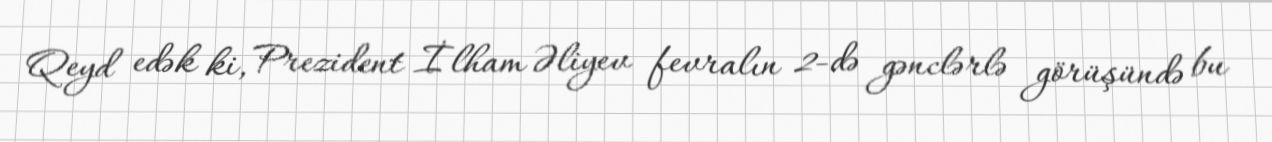
Qeyd edək ki, Prezident İlham Əliyev fevralın 2-də gənclərlə görüşündə bu